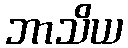
ဘာသိယ